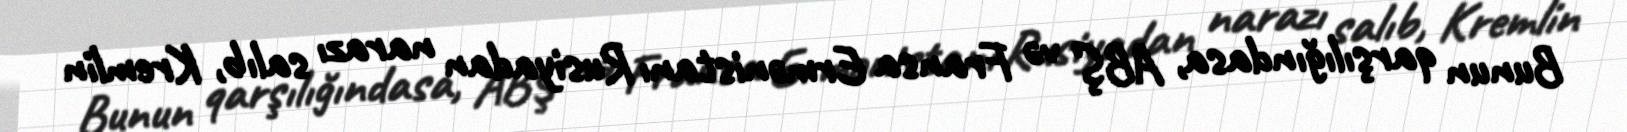
Bunun qarşılığındasa, ABŞ və Fransa Ermənistanı Rusiyadan narazı salıb, Kremlin